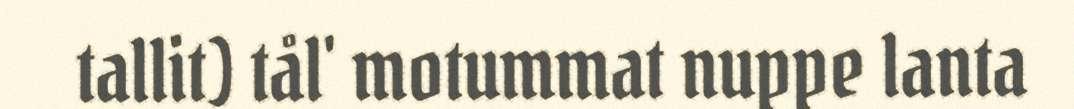
tallit) tål' motummat nuppe lanta